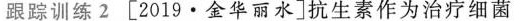
跟踪训练2[2019.金华丽水]抗生素作为治疗细菌